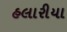
હલારીયા